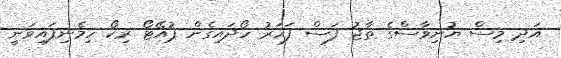
އަދި މިސް ޔުނިވާސްގެ ތާޖު ފަސް ފަހަރު ހޯދައިގެން ޕުއޭޓޯ ރިކޯ ހިމެނިފައިވަނީ